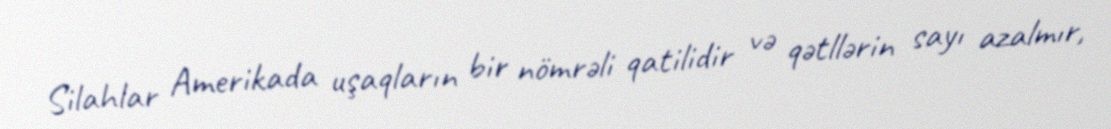
Silahlar Amerikada uşaqların bir nömrəli qatilidir və qətllərin sayı azalmır,